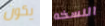
يكون النسخه